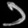
Digit: ၁